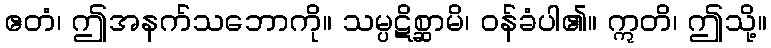
ဧတံ၊ ဤအနက်သဘောကို။ သမ္ပဋိစ္ဆာမိ၊ ဝန်ခံပါ၏။ ဣတိ၊ ဤသို့။